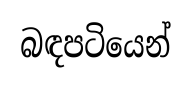
බඳපටියෙන්